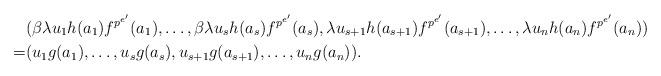
LaTeX: \begin{align*}& (\beta \lambda u_1h(a_1)f^{p^{e'}}(a_1),\dots,\beta \lambda u_sh(a_s)f^{p^{e'}}(a_s),\lambda u_{s+1}h(a_{s+1})f^{p^{e'}}(a_{s+1}),\dots, \lambda u_nh(a_n)f^{p^{e'}}(a_n))\\= & (u_1g(a_1),\dots,u_sg(a_s),u_{s+1}g(a_{s+1}),\dots,u_ng(a_n)).\end{align*}